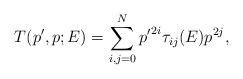
LaTeX: \begin{align*}T(p',p;E)=\sum_{i,j=0}^{N} {p'}^{2i} \tau_{ij}(E) p^{2j},\end{align*}